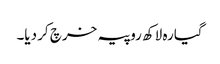
گیارہ لاکھ روپیہ خرچ کر دیا۔